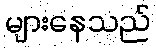
များနေသည်